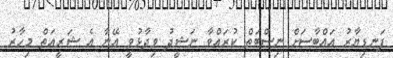
ފަނޑިޔާރު އައްބާސަށް ނިސްބަތް ކުރައްވާ ނަޝީދު ވިދާޅުވީ އޭނާ އެ ޝަރީއަތް މިހާރު